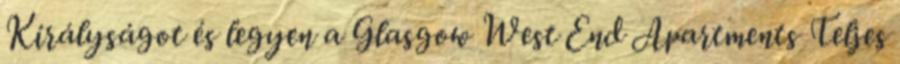
Királyságot és legyen a Glasgow West End Apartments Teljes